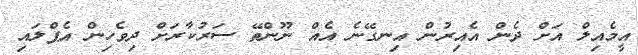
އީމެއިލް އަށް ދެން އެއިރުން އިނގޭނެ އެއް ނޫންތޭ ސަރުކާރަށް ދިވެހިން އެޕްލައި